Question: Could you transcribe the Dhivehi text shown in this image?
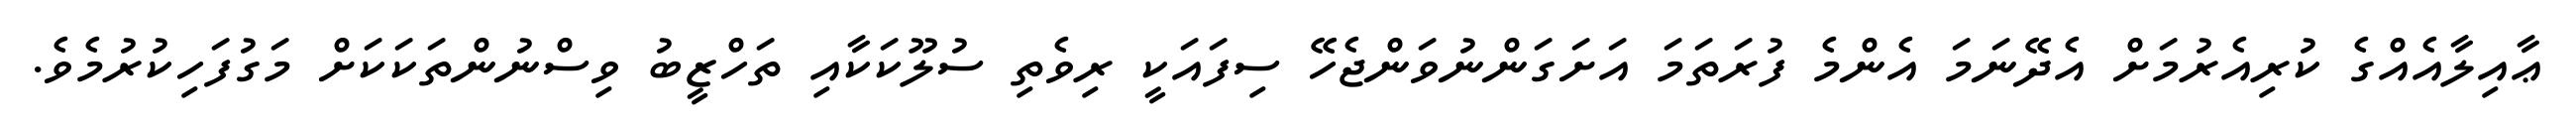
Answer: ޢާއިލާއެއްގެ ކުރިއެރުމަށް އެދޭނަމަ އެންމެ ފުރަތަމަ އަށަގަންނުވަންޖެހޭ ސިފައަކީ ރިވެތި ސުލޫކަކާއި ތަހްޒީބު ވިސްނުންތަކަކަށް މަގުފަހިކުރުމެވެ.